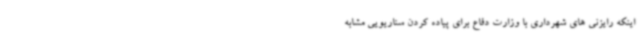
اینکه رایزنی های شهرداری با وزارت دفاع برای پیاده کردن سناریویی مشابه